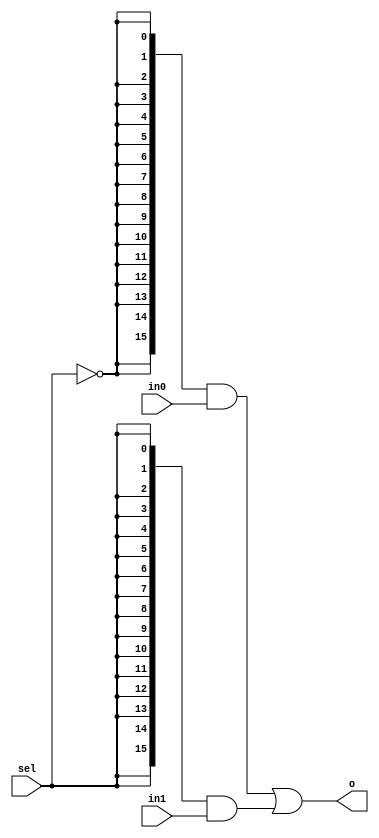
`timescale 1ns / 1ps
//////////////////////////////////////////////////////////////////////////////////
// Company: 
// Engineer: 
// 
// Design Name: 
// Module Name: m2_1x16
// Project Name: 
// Target Devices: 
// Tool Versions: 
// Description: 
// 
// Dependencies: 
// 
// Revision:
// Revision 0.01 - File Created
// Additional Comments:
// 
//////////////////////////////////////////////////////////////////////////////////


module m2_1x16(
    input [15:0] in0,
    input [15:0] in1,
    input sel,
    output [15:0] o
    );
    
    //wires to hold not sel and true select extendd to eight bits
    wire [15:0] not_sel;
    wire [15:0] true_sel;
    
    //assign wire values
    assign not_sel = {16{~sel}};
    assign true_sel = {16{sel}};
    
    //assign output vector
    assign o = (not_sel&in0)|(true_sel&in1);
    
endmodule